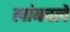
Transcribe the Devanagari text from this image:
लांबवले